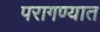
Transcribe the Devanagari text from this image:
परागण्यात